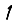
Digit: 1